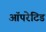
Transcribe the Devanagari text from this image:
ऑपरेटिड